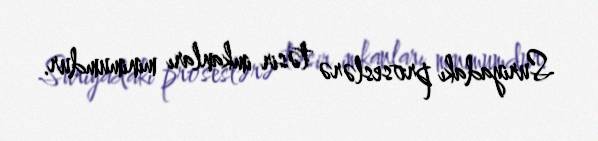
Suriyadakı proseslərə təsir imkanları minimumdur.